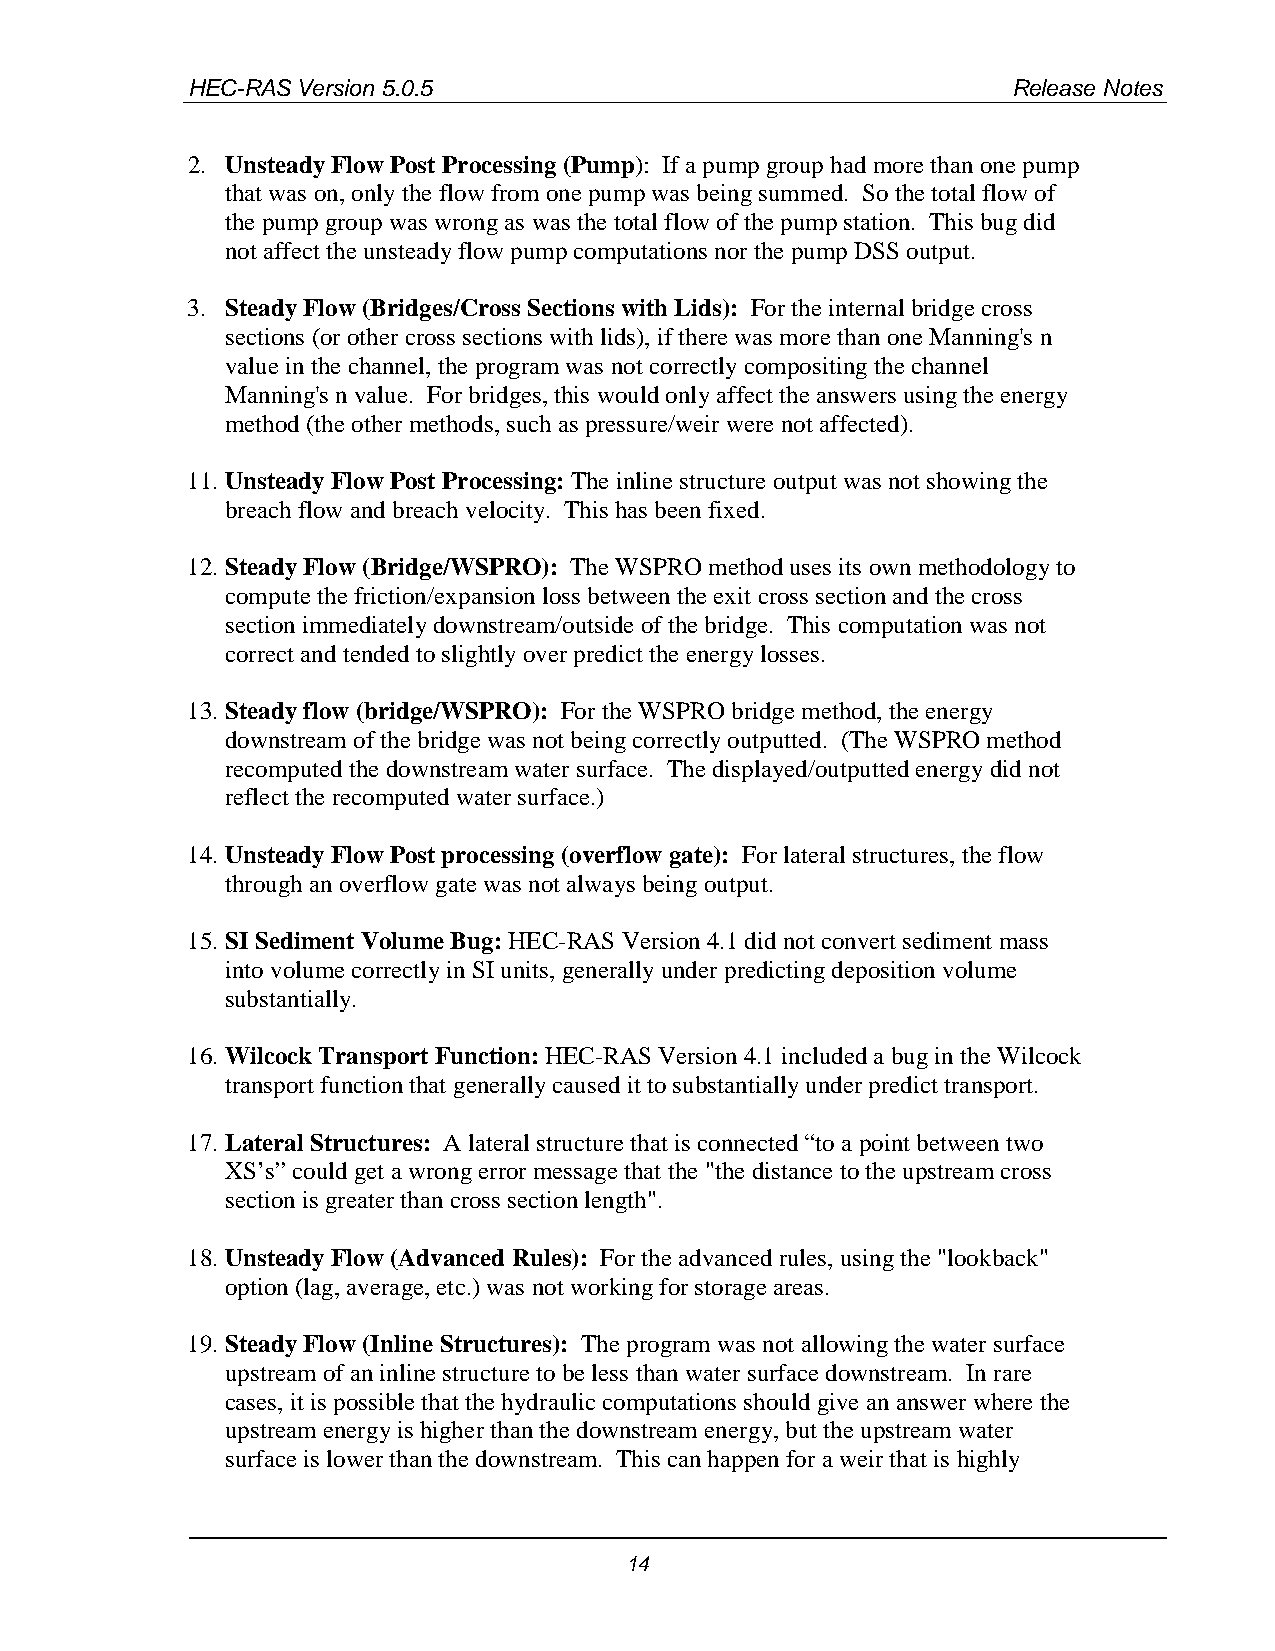
HEC-RAS Version 5.0.5                                  Release Notes
 2. Unsteady Flow Post Processing (Pump): If a pump group had more than one pump
 that was on, only the flow from one pump was being summed. So the total flow of
 the pump group was wrong as was the total flow of the pump station. This bug did
 not affect the unsteady flow pump computations nor the pump DSS output.
 3. Steady Flow (Bridges/Cross Sections with Lids): For the internal bridge cross
 sections (or other cross sections with lids), if there was more than one Manning's n
 value in the channel, the program was not correctly compositing the channel
 Manning's n value. For bridges, this would only affect the answers using the energy
 method (the other methods, such as pressure/weir were not affected).
 11. Unsteady Flow Post Processing: The inline structure output was not showing the
 breach flow and breach velocity. This has been fixed.
 12. Steady Flow (Bridge/WSPRO): The WSPRO method uses its own methodology to
 compute the friction/expansion loss between the exit cross section and the cross
 section immediately downstream/outside of the bridge. This computation was not
 correct and tended to slightly over predict the energy losses.
 13. Steady flow (bridge/WSPRO): For the WSPRO bridge method, the energy
 downstream of the bridge was not being correctly outputted. (The WSPRO method
 recomputed the downstream water surface. The displayed/outputted energy did not
 reflect the recomputed water surface.)
 14. Unsteady Flow Post processing (overflow gate): For lateral structures, the flow
 through an overflow gate was not always being output.
 15. SI Sediment Volume Bug: HEC-RAS Version 4.1 did not convert sediment mass
 into volume correctly in SI units, generally under predicting deposition volume
 substantially.
 16. Wilcock Transport Function: HEC-RAS Version 4.1 included a bug in the Wilcock
 transport function that generally caused it to substantially under predict transport.
 17. Lateral Structures: A lateral structure that is connected “to a point between two
 XS’s” could get a wrong error message that the "the distance to the upstream cross
 section is greater than cross section length".
 18. Unsteady Flow (Advanced Rules): For the advanced rules, using the "lookback"
 option (lag, average, etc.) was not working for storage areas.
 19. Steady Flow (Inline Structures): The program was not allowing the water surface
 upstream of an inline structure to be less than water surface downstream. In rare
 cases, it is possible that the hydraulic computations should give an answer where the
 upstream energy is higher than the downstream energy, but the upstream water
 surface is lower than the downstream. This can happen for a weir that is highly
 14